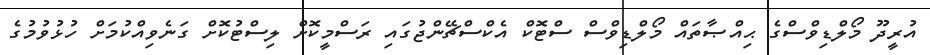
އުރީދޫ މޯލްޑިވްސްގެ ޙިއްޞާތައް މޯލްޑިވްސް ސްޓޮކް އެކްސްޗޭންޖުގައި ރަސްމީކޮށް ލިސްޓުކޮށް ގަނެވިއްކުމަށް ހުޅުވުމުގެ